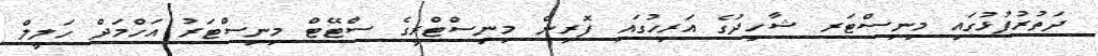
ދަތުރުފުޅުގައި މިނިސްޓަރ ޝާހިދުގެ އަރިހުގައި ފޮރިން މިނިސްޓްރީގެ ސްޓޭޓް މިނިސްޓަރު އަހްމަދް ހަލީލް